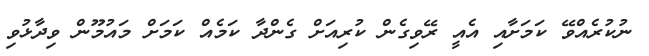
ނުކުރެއްވޭ ކަމަށާއި އެއީ ރޭވިގެން ކުރިއަށް ގެންދާ ކަމެއް ކަމަށް މައުމޫން ވިދާޅުވި